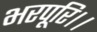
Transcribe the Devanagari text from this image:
भरपूरि।।